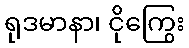
ရုဒမာနာ၊ ငိုကြွေး